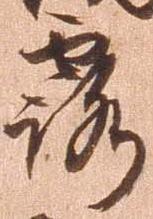
露